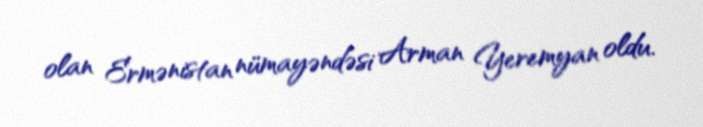
olan Ermənistan nümayəndəsi Arman Yeremyan oldu.